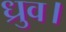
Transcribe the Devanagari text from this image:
ध्रुव।